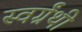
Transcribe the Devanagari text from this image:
स्वर्ग्रंथी